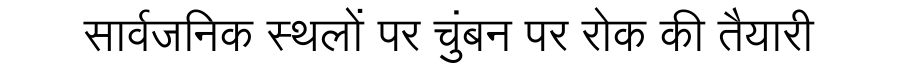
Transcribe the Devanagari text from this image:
सार्वजनिक स्थलों पर चुंबन पर रोक की तैयारी